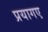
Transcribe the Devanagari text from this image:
प्रयागए